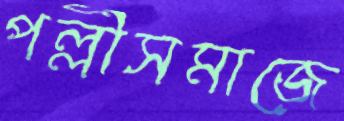
পল্লীসমাজে